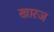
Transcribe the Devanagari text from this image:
खारज